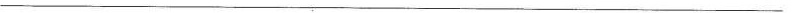
___